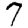
Digit: 7